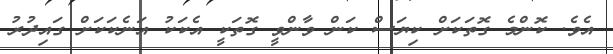
އެވެ. ކޮންމެ ގޮތަކަށް ކިޔަސް ކަން ވާންވީ ގޮތަކީ އެކަކު އަނެކަކަށް ގައިދުރު